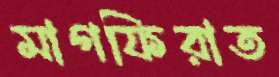
মাগফিরাত